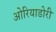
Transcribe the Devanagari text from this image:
ओरियाडोरी